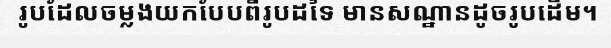
រូបដែលចម្លងយកបែបពីរូបដទៃ មានសណ្ឋានដូចរូបដើម។